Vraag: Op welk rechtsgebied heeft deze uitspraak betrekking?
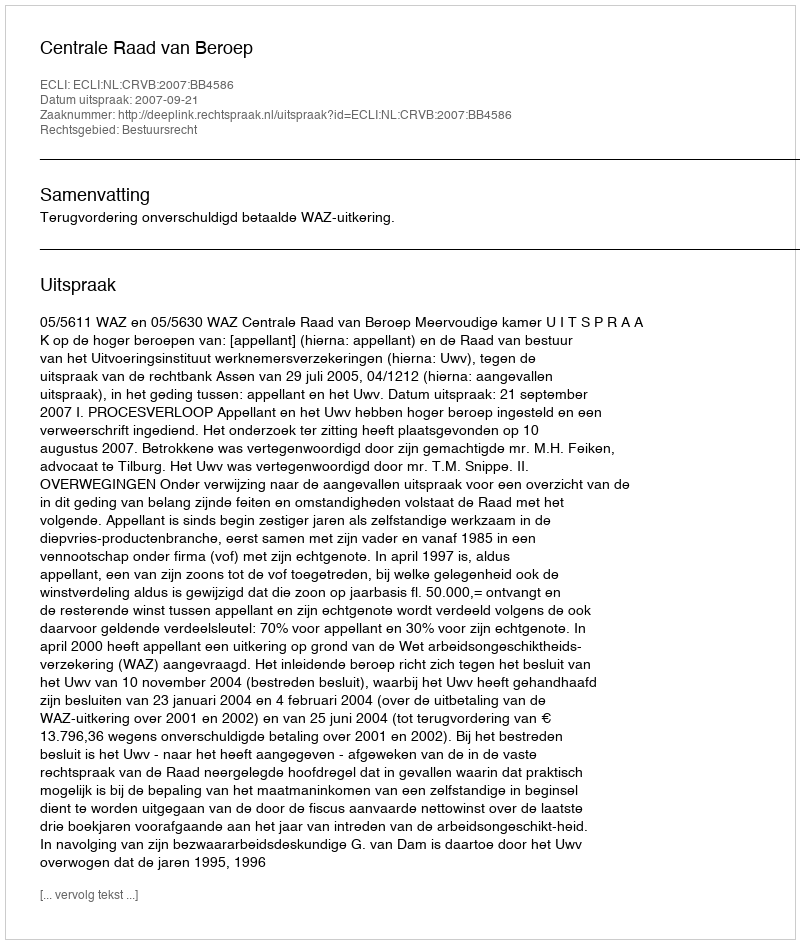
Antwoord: Bestuursrecht